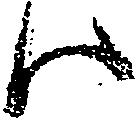
ハ